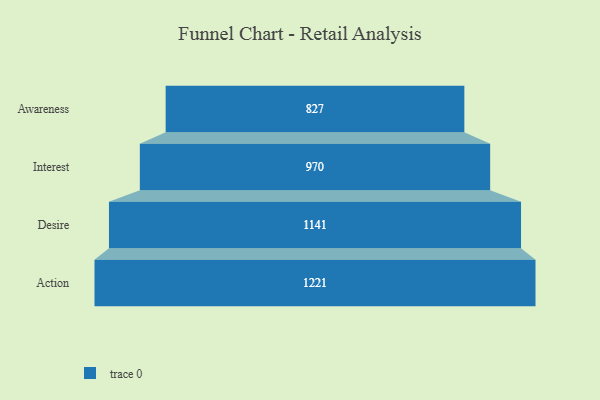
{"axis": {"x": "Stage", "y": "Value"}, "legend": [""], "data": [{"x": "Awareness", "y": 827.0, "type": ""}, {"x": "Interest", "y": 970.0, "type": ""}, {"x": "Desire", "y": 1141.0, "type": ""}, {"x": "Action", "y": 1221.0, "type": ""}]}